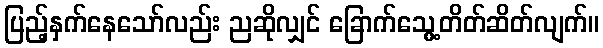
ပြည့်နှက်နေသော်လည်း ညဆိုလျှင် ခြောက်သွေ့တိတ်ဆိတ်လျက်။